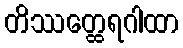
တိဿတ္ထေရဂါထာ